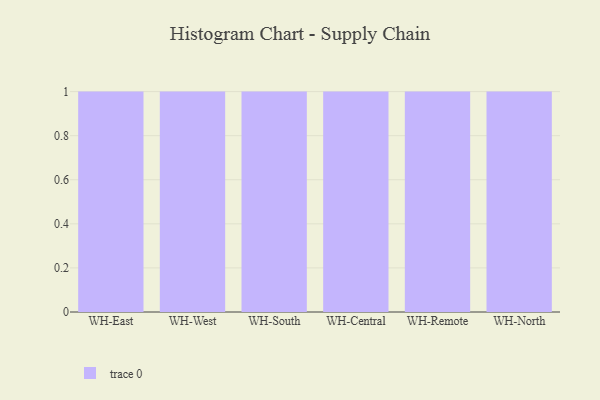
{"axis": {"x": "Warehouse", "y": "Budget (USD K)"}, "legend": [""], "data": [{"x": "WH-East", "y": 8, "type": ""}, {"x": "WH-West", "y": 9, "type": ""}, {"x": "WH-South", "y": 96, "type": ""}, {"x": "WH-Central", "y": 4, "type": ""}, {"x": "WH-Remote", "y": 56, "type": ""}, {"x": "WH-North", "y": 22, "type": ""}]}